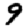
Digit: 9